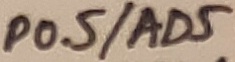
Text: P0.5/AD5